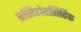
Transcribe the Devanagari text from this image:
एसिटोएसिटिक